Account of plague administration in the Bombay Presidency from September 1896 till May 1897
Year: 1896
Disease focus: Plague
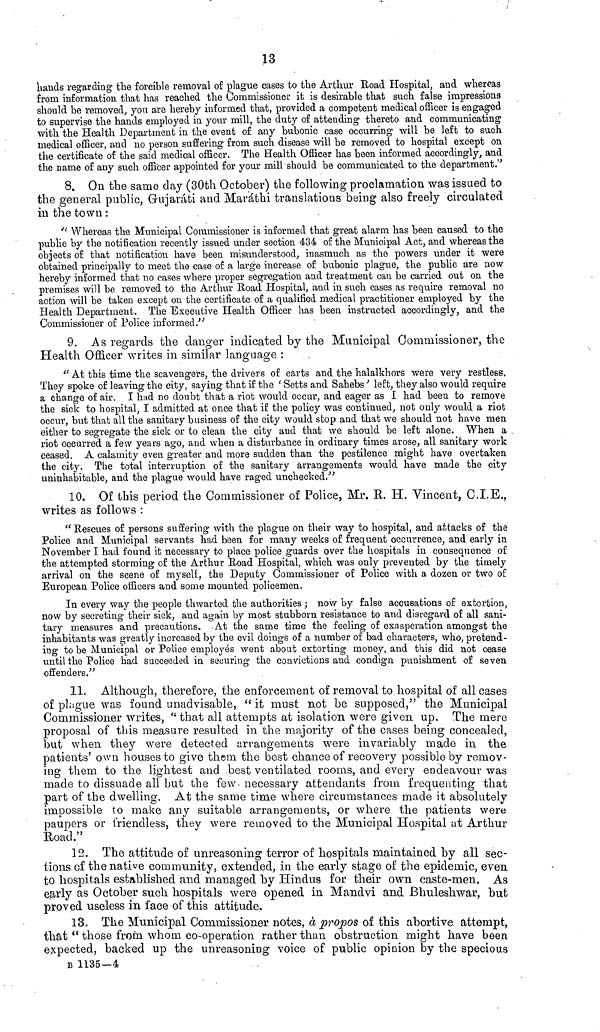
13
hands regarding the forcible removal of plague cases to the Arthur Road Hospital, and whereas
from information that has reached the Commissioner it is desirable that such false impressions
should be removed, you are hereby informed that, provided a competent medical officer is engaged
to supervise the hands employed in your mill, the duty of attending thereto and communicating
with the Health Department in the event of any bubonic case occurring will be left to such
medical officer, and no person suffering from such disease will be removed to hospital except on
the certificate of the said medical officer. The Health Officer has been informed accordingly, and
the name of any such officer appointed for your mill should be communicated to the department."
8. On the same day (30th October) the following proclamation was issued to
the general public, Gujaráti and Maráthi translations being also freely circulated
in the town :
" Whereas the Municipal Commissioner is informed that great alarm has been caused to the
public by the notification recently issued under section 434 of the Municipal Act, and whereas the
objects of that notification have been misunderstood, inasmuch as the powers under it were
obtained principally to meet the case of a large increase of bubonic plague, the public are now
hereby informed that no cases where proper segregation and treatment can be carried out on the
premises will be removed to the Arthur Road Hospital, and in such cases as require removal no
action will be taken except on the certificate of a qualified medical practitioner employed by the
Health Department. The Executive Health Officer has been instructed accordingly, and the
Commissioner of Police informed."
9. As regards the danger indicated by the Municipal Commissioner, the
Health Officer writes in similar language :
" At this time the scavengers, the drivers of carts and the halalkhors were very restless.
They spoke of leaving the city, saying that if the 'Setts and Sahebs' left, they also would require
a change of air. I had no doubt that a riot would occur, and eager as I had been to remove
the sick to hospital, I admitted at once that if the policy was continued, not only would a riot
occur, but that all the sanitary business of the city would stop and that we should not have men
either to segregate the sick or to clean the city and that we should be left alone. When a .
riot occurred a few years ago, and when a disturbance in ordinary times arose, all sanitary work
ceased. A calamity even greater and more sudden than the pestilence might have overtaken
the city. The total interruption of the sanitary arrangements would have made the city
uninhabitable, and the plague would have raged unchecked."
10. Of this period the Commissioner of Police, Mr. R. H. Vincent, O.I.E.,
writes as follows :
" Rescues of persons suffering with the plague on their way to hospital, and attacks of the
Police and Municipal servants had been for many weeks of frequent occurrence, and early in
November I had found it necessary to place police guards over the hospitals in consequence of
the attempted storming of the Arthur Road Hospital, which was only prevented by the timely
arrival on the scene of myself, the Deputy Commissioner of Police with a dozen or two of
European Police officers and some mounted policemen.
In every way the people thwarted the authorities; now by false accusations of extortion,
now by secreting their sick, and again by most stubborn resistance to and disregard of all sani-
tary measures and precautions. At the same time the feeling of exasperation amongst the
inhabitants was greatly increased by the evil doings of a number of bad characters, who, pretend-
ing to be Municipal or Police employes went about extorting money, and this did not cease
until the Police had succeeded in securing the convictions and condign punishment of seven
offenders."
11. Although, therefore, the enforcement of removal to. hospital of all cases
of plague was found unadvisable, " it must not be supposed," the Municipal
Commissioner writes, "that all attempts at isolation were given up. The mere
proposal of this measure resulted in the majority of the cases being concealed,
but when they were detected arrangements were invariably made in the
patients' own houses to give them the best chance of recovery possible by remov-
ing them to the lightest and best ventilated rooms, and every endeavour was
made to dissuade all but the few necessary attendants from frequenting that
part of the dwelling. At the same time where circumstances made it absolutely
impossible to make any suitable arrangements, or where the patients were
paupers or friendless, they were removed to the Municipal Hospital at Arthur
Road."
] 2. The attitude of unreasoning terror of hospitals maintained by all sec-
tions of the native community, extended, in the early stage of the epidemic, even
to hospitals established and managed by Hindus for their own caste-men. As
early as October such hospitals were opened in Mandvi and Bhuleshwar, but
proved useless in face of this attitude.
13. The Municipal Commissioner notes, à propos of this abortive attempt,
that "those from whom co-operation rather than obstruction might have been
expected, backed up the unreasoning voice of public opinion by the specious
B 1135—4